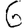
Digit: 6